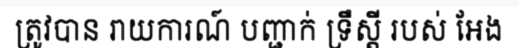
ត្រូវបាន រាយការណ៍ បញ្ជាក់ ទ្រឹស្តី របស់ អែង